Report on sanitation, dispensaries, and jails in Rajputana for 1921, and on vaccination for the year 1921-1922 - 1921-1922
Year: 1921
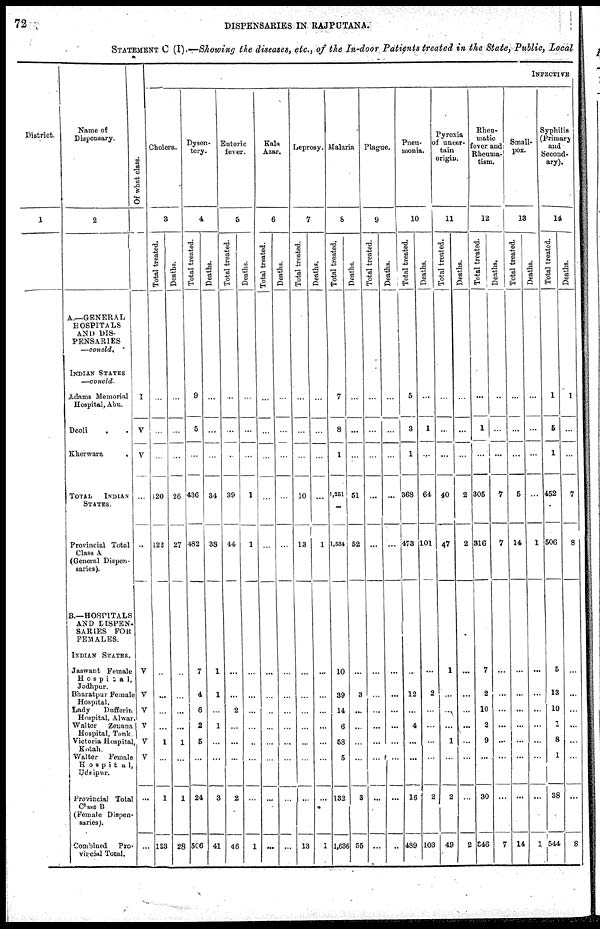
72
DISPENSARIES IN RAJPUTANA.
STATEMENT C (I).—Showing the diseases, etc., of the In-door Patients treated in the State, Public, Local
District.
1
Name of
Dispensary.
2
A.—GENERAL
HOSPITALS
AND DIS-
PENSARIES
—concld,
INDIAN STATES
—concld.
Adams Memorial
Hospital, Abu.
Deoli ..
Kherwara
.
TOTAL INDIAN
STATES.
Provincial Total
Class A
(General Dispen-
saries).
B.—HOSPITALS
AND DISPEN-
SARIES FOR
FEMALES.
INDIAN STATES.
Jaswant Female
Hospita1,
Jodhpur.
Bharatpur Female
Hospital.
Lady
Dufferin
Hospital, Alwar.
Walter
Zenana
Hospital, Tonk.
Victoria Hospital,
Kotah.
Walter
Female
Hospital,
Udaipur.
Provincial Total
Class B
(Female Dispen-
saries).
Combined Pro¬
vincial Total.
Of what class.
I
V
V
...
...
V
V
V
V
V
V
...
...
INFECTIVE
Cholera.
3
Total treated.
...
...
...
20
122
...
...
...
...
1
...
1
123
Deaths.
...
...
...
26
27
...
...
...
...
1
...
1
28
Dysen-
tery.
4
Total treated.
9
5
...
436
482
7
4
6
2
5
...
24
506
Deaths.
...
...
...
34
38
1
1
...
1
...
...
3
41
Enteric
fever.
5
Total treated.
...
...
...
39
44
...
...
2
...
...
...
2
46
Deaths.
...
...
...
1
1
...
...
...
...
...
...
...
1
Kala
Azar.
6
Total treated.
...
...
...
...
...
...
...
...
...
...
...
...
...
Deaths.
...
...
...
...
...
...
...
...
...
...
...
...
...
Leprosy.
7
Total treated.
...
...
...
10
13
...
...
...
...
...
...
...
13
Deaths.
...
...
...
...
1
...
...
...
...
...
...
...
1
Malaria
8
Total treated.
7
8
1
1,251
1,534
10
39
14
6
58
5
132
1,636
Deaths.
...
...
...
51
52
...
3
...
...
...
...
3
55
Plague.
9
Total treated.
...
...
...
...
...
...
...
...
...
...
...
...
...
Deaths.
...
...
...
...
...
...
...
...
...
...
...
...
..
Pneu-
monia.
10
Total treated.
5
3
1
368
473
...
12
...
4
...
...
16
489
Deaths.
...
1
...
64
101
...
2
...
...
...
...
2
103
Pneumonia
of uncer-
tain
origin.
11
Total treated.
...
...
...
40
47
1
...
...
...
1
...
2
49
Deaths.
...
...
...
2
2
...
...
...
...
...
...
...
2
Rheumatic
Rheumatism
12
Total treated.
...
1
...
305
316
7
2
10
2
9
...
30
346
Deaths.
...
...
...
7
7
...
...
...
...
...
...
...
7
Small-
pox.
13
Total treated.
...
...
...
5
14
...
...
...
...
...
...
...
14
Deaths.
...
...
...
...
1
...
...
...
...
...
...
...
1
Syphilis
(Primary
and
Second-
ary).
14
Total treated.
1
5
1
452
506
5
13
10
1
8
1
38
544
Deaths.
1
...
...
7
8
...
...
...
...
...
...
...
8